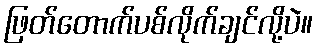
ဖြတ်တောက်ပစ်လိုက်ချင်လို့ပဲ။